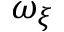
\omega _ { \xi }